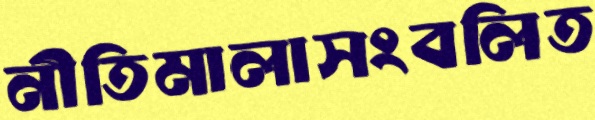
নীতিমালাসংবলিত